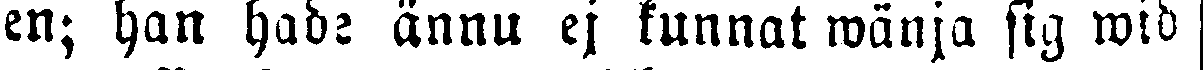
en; han hade ännu ej kunnat wänja sig wid